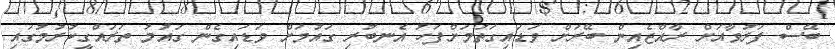
ބޭސް ފަރުވާއަށް ރާއްޖެއިން ބޭރަށް ވަޑައިގަތުމަށްފަހު އެނބުރި ގައުމަށް ވަޑައިގެން ގައުމު ތަރައްގީކުރުމުގައި